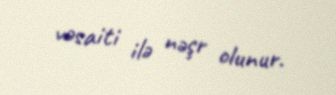
vəsaiti ilə nəşr olunur.